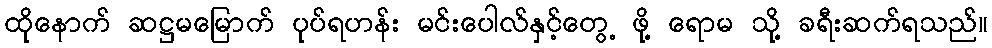
ထိုနောက် ဆဋ္ဌမမြောက် ပုပ်ရဟန်း မင်းပေါလ်နှင့်တွေ့ ဖို့ ရောမ သို့ ခရီးဆက်ရသည်။